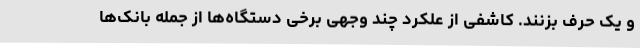
و یک حرف بزنند. کاشفی از علکرد چند وجهی برخی دستگاه‌ها از جمله بانک‌ها